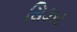
સિઝર